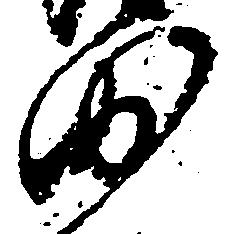
沙